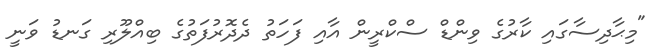
"މިޙާދިސާގައި ކާރުގެ ވިންޑް ސްކްރީން އާއި ފަހަތު ދެދޮރުފަތުގެ ބިއްލޫރި ގަނޑު ވަނީ